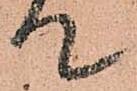
て